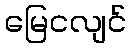
မြေငလျင်